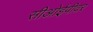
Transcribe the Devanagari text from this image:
सीओईपीवर